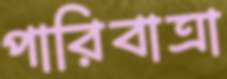
পারিবাত্রা